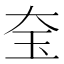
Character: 𡘇